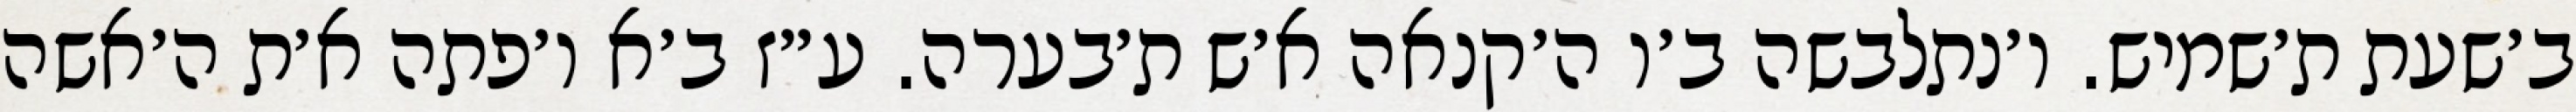
ב׳שעת ת׳שמיש. ו׳נתלבשה ב׳ו ה׳קנאה א׳ש ת׳בערה. ע״ז ב׳א ו׳פתה א׳ת ה׳אשה